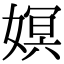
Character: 嫇